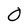
Character: 0